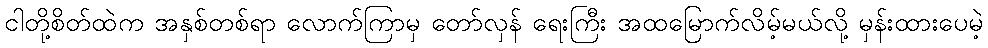
ငါတို့စိတ်ထဲက အနှစ်တစ်ရာ လောက်ကြာမှ တော်လှန် ရေးကြီး အထမြောက်လိမ့်မယ်လို့ မှန်းထားပေမဲ့